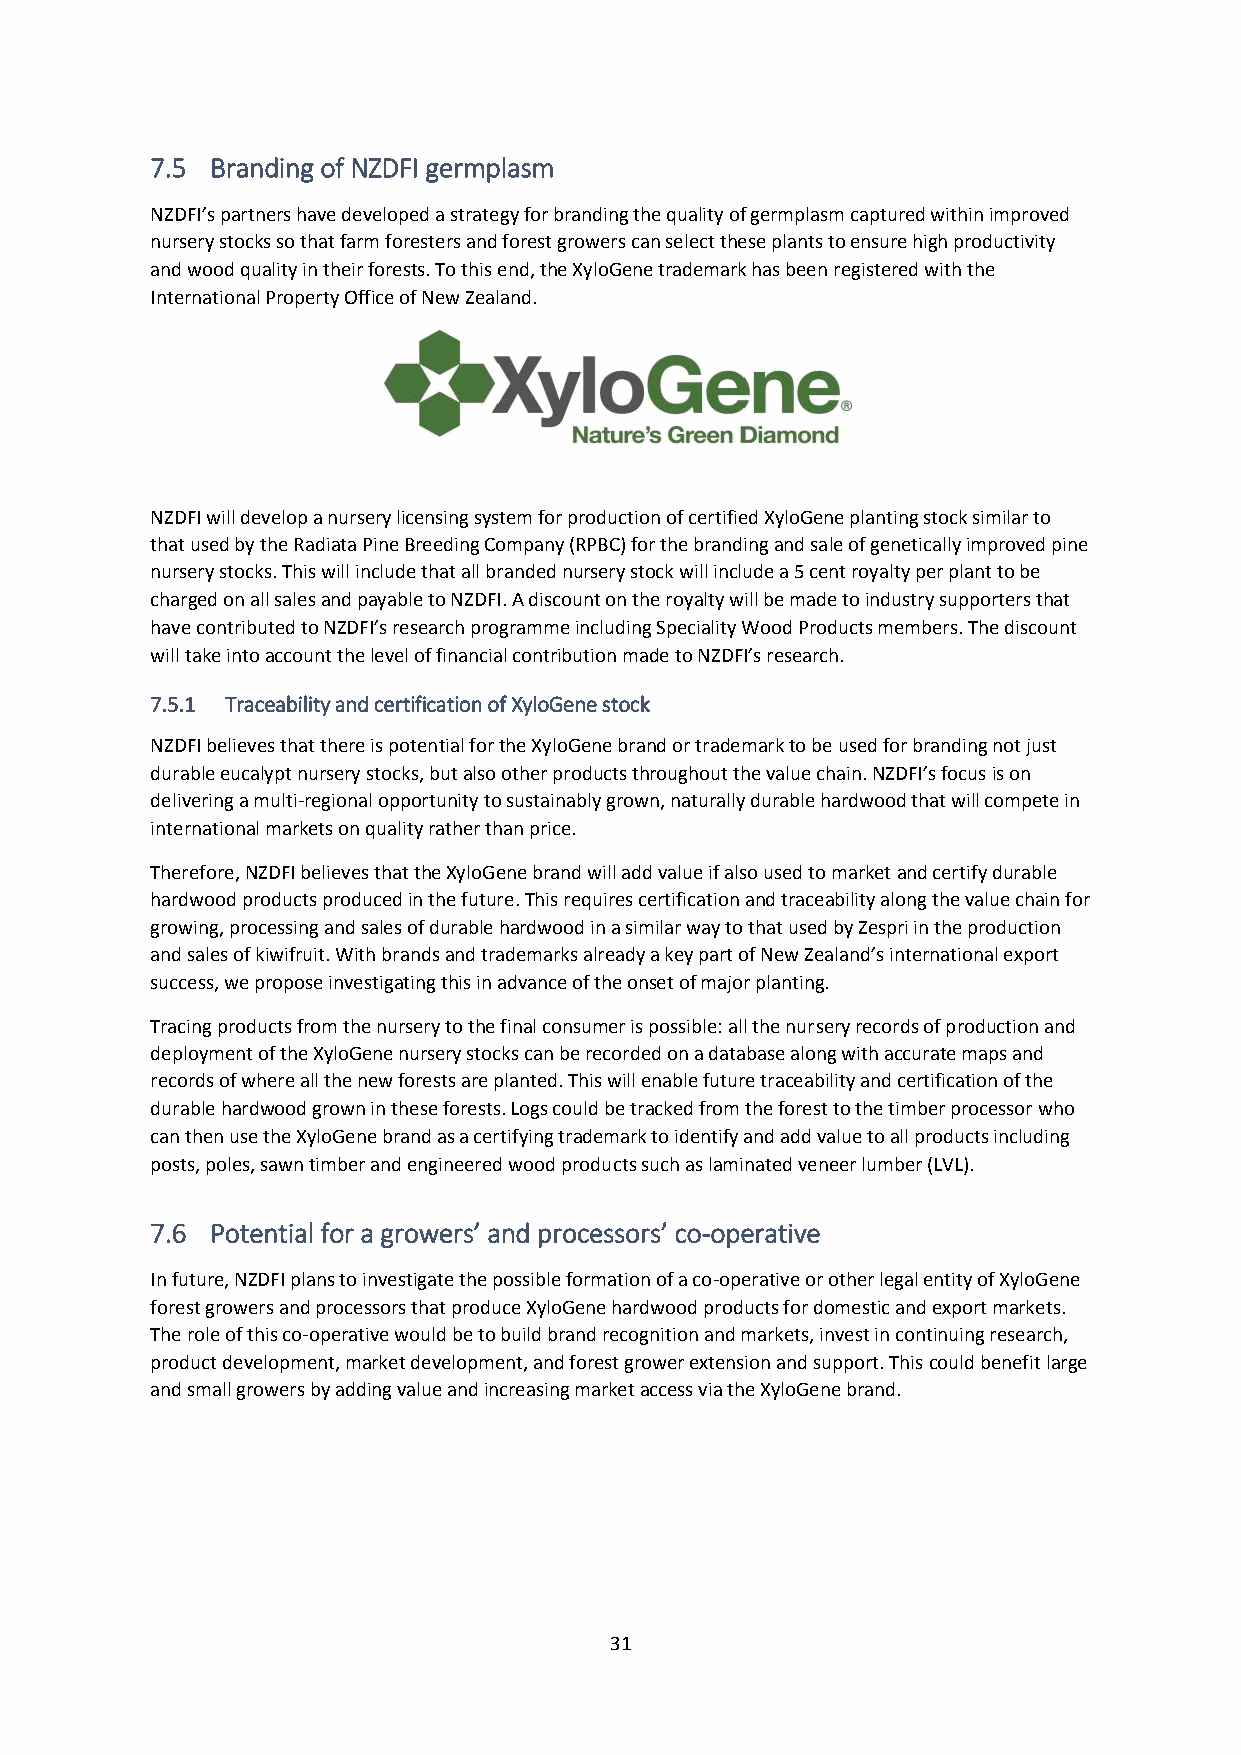
7.5 Branding of NZDFI germplasm
 NZDFI’s partners have developed a strategy for branding the quality of germplasm captured within improved
 nursery stocks so that farm foresters and forest growers can select these plants to ensure high productivity
 and wood quality in their forests. To this end, the XyloGene trademark has been registered with the
 International Property Office of New Zealand.
 NZDFI will develop a nursery licensing system for production of certified XyloGene planting stock similar to
 that used by the Radiata Pine Breeding Company (RPBC) for the branding and sale of genetically improved pine
 nursery stocks. This will include that all branded nursery stock will include a 5 cent royalty per plant to be
 charged on all sales and payable to NZDFI. A discount on the royalty will be made to industry supporters that
 have contributed to NZDFI’s research programme including Speciality Wood Products members. The discount
 will take into account the level of financial contribution made to NZDFI’s research.
 7.5.1 Traceability and certification of XyloGene stock
 NZDFI believes that there is potential for the XyloGene brand or trademark to be used for branding not just
 durable eucalypt nursery stocks, but also other products throughout the value chain. NZDFI’s focus is on
 delivering a multi-regional opportunity to sustainably grown, naturally durable hardwood that will compete in
 international markets on quality rather than price.
 Therefore, NZDFI believes that the XyloGene brand will add value if also used to market and certify durable
 hardwood products produced in the future. This requires certification and traceability along the value chain for
 growing, processing and sales of durable hardwood in a similar way to that used by Zespri in the production
 and sales of kiwifruit. With brands and trademarks already a key part of New Zealand’s international export
 success, we propose investigating this in advance of the onset of major planting.
 Tracing products from the nursery to the final consumer is possible: all the nursery records of production and
 deployment of the XyloGene nursery stocks can be recorded on a database along with accurate maps and
 records of where all the new forests are planted. This will enable future traceability and certification of the
 durable hardwood grown in these forests. Logs could be tracked from the forest to the timber processor who
 can then use the XyloGene brand as a certifying trademark to identify and add value to all products including
 posts, poles, sawn timber and engineered wood products such as laminated veneer lumber (LVL).
 7.6 Potential for a growers’ and processors’ co-operative
 In future, NZDFI plans to investigate the possible formation of a co-operative or other legal entity of XyloGene
 forest growers and processors that produce XyloGene hardwood products for domestic and export markets.
 The role of this co-operative would be to build brand recognition and markets, invest in continuing research,
 product development, market development, and forest grower extension and support. This could benefit large
 and small growers by adding value and increasing market access via the XyloGene brand.
 31